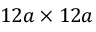
1 2 a \times 1 2 a